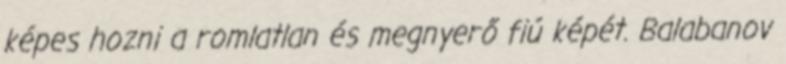
képes hozni a romlatlan és megnyerő fiú képét. Balabanov